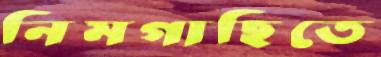
নিমগাছিতে